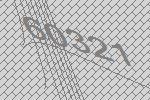
60321